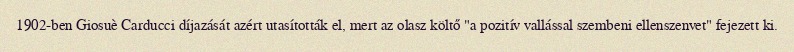
1902-ben Giosuè Carducci díjazását azért utasították el, mert az olasz költő "a pozitív vallással szembeni ellenszenvet" fejezett ki.